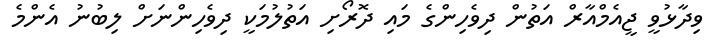
ވިދާޅުވީ ޖީއެމްއާރް އަތުން ދިވެހިންގެ މައި ދޮރޯށި އަތުލުމަކީ ދިވެހިންނަށް ލިބުނު އެންމެ